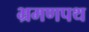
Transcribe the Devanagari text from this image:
भ्रमणपथ